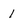
Character: 1